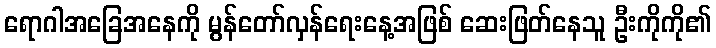
ရောဂါအခြေအနေကို မွန်တော်လှန်ရေးနေ့အဖြစ် ဆေးဖြတ်နေသူ ဦးကိုကို၏